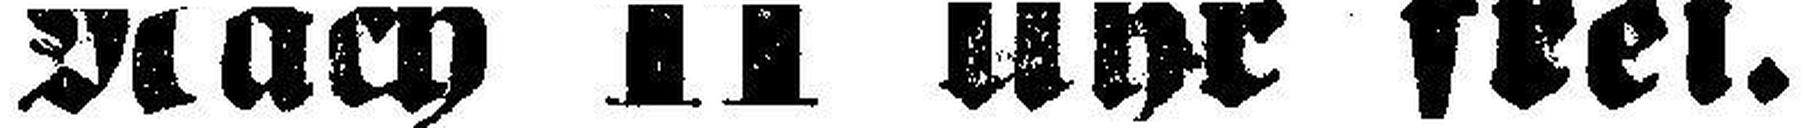
Nach 11 Uhr frei.